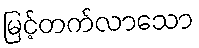
မြင့်တက်လာသော